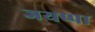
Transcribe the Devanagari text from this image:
जयप्पा